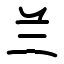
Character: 兰